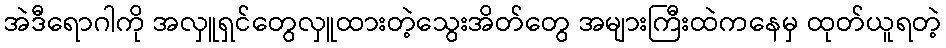
အဲဒီရောဂါကို အလှူရှင်တွေလှူထားတဲ့သွေးအိတ်တွေ အများကြီးထဲကနေမှ ထုတ်ယူရတဲ့